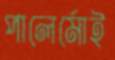
পালের্মোই